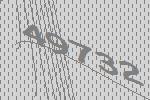
49732